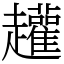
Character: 䟒